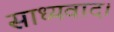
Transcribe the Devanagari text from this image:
साध्यवाद।